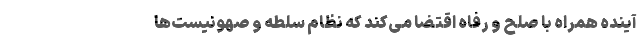
آیندهِ همراه با صلح و رفاه اقتضا می‌کند که نظام سلطه و صهونیست‌ها